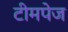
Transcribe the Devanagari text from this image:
टीमपेज